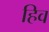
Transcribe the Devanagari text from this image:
हिव